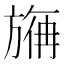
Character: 𰕮